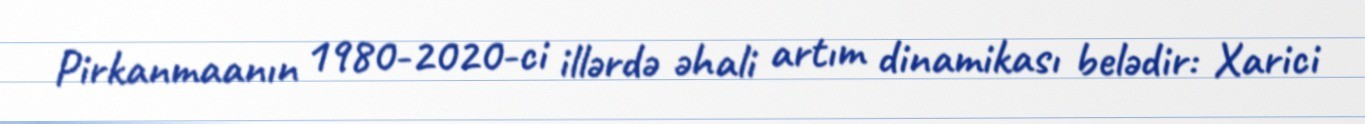
Pirkanmaanın 1980-2020-ci illərdə əhali artım dinamikası belədir: Xarici